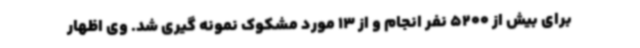
برای بیش از 5200 نفر انجام و از 13 مورد مشکوک نمونه گیری شد. وی اظهار